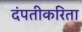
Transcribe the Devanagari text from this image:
दंपतीकरिता